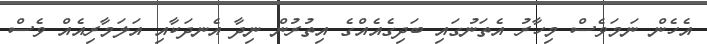
އެހެން ނަމަވެސް މިހާރު އެތަނުގައި ބަދިގެއެއްގެ އިތުރުން ނިދާ އެނދަކާއި އަލަމާރިއެއް ވެސް